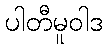
ပါတီမူဝါဒ